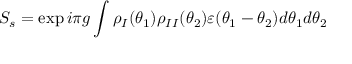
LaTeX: S _ { s } = \exp i \pi g \int \rho _ { I } ( \theta _ { 1 } ) \rho _ { I I } ( \theta _ { 2 } ) \varepsilon ( \theta _ { 1 } - \theta _ { 2 } ) d \theta _ { 1 } d \theta _ { 2 }